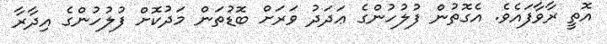
އޮތީ ރާވާފައެވެ. އެގޮތުން ފުލުހުންގެ ޢަދަދު ވަރަށް ބޮޑުތަން މަދުކޮށް ފުލުހުންގެ އިދާރާ